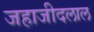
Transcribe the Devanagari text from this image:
जहाजीदलाल